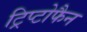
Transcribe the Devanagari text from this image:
ट्रिप्टोफैन